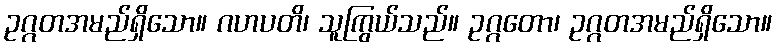
ဥဂ္ဂတအမည်ရှိသော။ ဂဟပတိ၊ သူကြွယ်သည်။ ဥဂ္ဂတော၊ ဥဂ္ဂတအမည်ရှိသော။